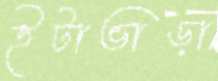
ইটাভাড়া